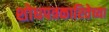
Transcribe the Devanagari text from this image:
शोधपत्रकारितेच्या